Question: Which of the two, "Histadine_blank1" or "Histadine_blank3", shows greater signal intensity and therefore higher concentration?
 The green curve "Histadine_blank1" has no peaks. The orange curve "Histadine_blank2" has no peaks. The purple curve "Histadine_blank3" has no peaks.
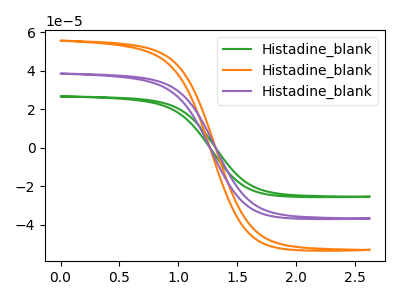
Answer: <think>Neither "Histadine_blank1" or "Histadine_blank3" have any peaks.
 </think>
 <answer>I cant tell if "Histadine_blank1" or "Histadine_blank3" has higher concentration.</answer>
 <eval>mixed_concentration</eval>